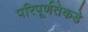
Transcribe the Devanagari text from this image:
परिपूर्णतेकडे